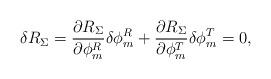
LaTeX: \begin{align*} \delta R_\Sigma = \frac{\partial R_\Sigma}{\partial \phi^R_m} \delta\phi^R_m + \frac{\partial R_\Sigma}{\partial \phi^T_m} \delta\phi^T_m = 0,\end{align*}